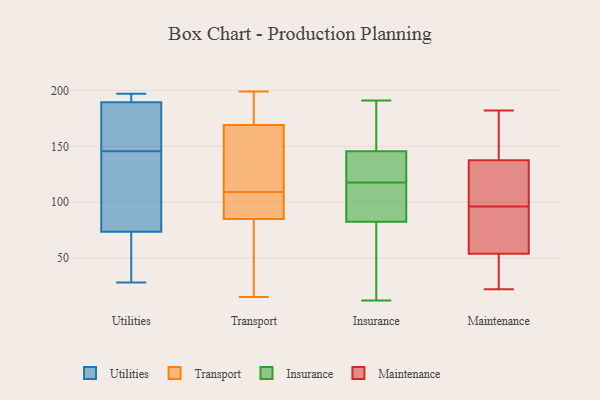
{"axis": {"x": "Waste Production (Tons)", "y": "Value"}, "legend": ["Insurance", "Maintenance", "Transport", "Utilities"], "data": [{"x": "", "y": 28, "type": "Utilities"}, {"x": "", "y": 131, "type": "Utilities"}, {"x": "", "y": 86, "type": "Utilities"}, {"x": "", "y": 197, "type": "Utilities"}, {"x": "", "y": 194, "type": "Utilities"}, {"x": "", "y": 61, "type": "Utilities"}, {"x": "", "y": 196, "type": "Utilities"}, {"x": "", "y": 147, "type": "Utilities"}, {"x": "", "y": 152, "type": "Utilities"}, {"x": "", "y": 187, "type": "Utilities"}, {"x": "", "y": 192, "type": "Utilities"}, {"x": "", "y": 146, "type": "Utilities"}, {"x": "", "y": 48, "type": "Utilities"}, {"x": "", "y": 59, "type": "Utilities"}, {"x": "", "y": 100, "type": "Utilities"}, {"x": "", "y": 145, "type": "Utilities"}, {"x": "", "y": 92, "type": "Transport"}, {"x": "", "y": 95, "type": "Transport"}, {"x": "", "y": 169, "type": "Transport"}, {"x": "", "y": 170, "type": "Transport"}, {"x": "", "y": 53, "type": "Transport"}, {"x": "", "y": 87, "type": "Transport"}, {"x": "", "y": 173, "type": "Transport"}, {"x": "", "y": 102, "type": "Transport"}, {"x": "", "y": 199, "type": "Transport"}, {"x": "", "y": 69, "type": "Transport"}, {"x": "", "y": 138, "type": "Transport"}, {"x": "", "y": 148, "type": "Transport"}, {"x": "", "y": 15, "type": "Transport"}, {"x": "", "y": 85, "type": "Transport"}, {"x": "", "y": 116, "type": "Transport"}, {"x": "", "y": 132, "type": "Transport"}, {"x": "", "y": 26, "type": "Transport"}, {"x": "", "y": 176, "type": "Transport"}, {"x": "", "y": 32, "type": "Insurance"}, {"x": "", "y": 25, "type": "Insurance"}, {"x": "", "y": 87, "type": "Insurance"}, {"x": "", "y": 191, "type": "Insurance"}, {"x": "", "y": 147, "type": "Insurance"}, {"x": "", "y": 86, "type": "Insurance"}, {"x": "", "y": 88, "type": "Insurance"}, {"x": "", "y": 134, "type": "Insurance"}, {"x": "", "y": 121, "type": "Insurance"}, {"x": "", "y": 114, "type": "Insurance"}, {"x": "", "y": 12, "type": "Insurance"}, {"x": "", "y": 79, "type": "Insurance"}, {"x": "", "y": 147, "type": "Insurance"}, {"x": "", "y": 42, "type": "Insurance"}, {"x": "", "y": 156, "type": "Insurance"}, {"x": "", "y": 107, "type": "Insurance"}, {"x": "", "y": 149, "type": "Insurance"}, {"x": "", "y": 121, "type": "Insurance"}, {"x": "", "y": 127, "type": "Insurance"}, {"x": "", "y": 144, "type": "Insurance"}, {"x": "", "y": 164, "type": "Maintenance"}, {"x": "", "y": 38, "type": "Maintenance"}, {"x": "", "y": 109, "type": "Maintenance"}, {"x": "", "y": 36, "type": "Maintenance"}, {"x": "", "y": 108, "type": "Maintenance"}, {"x": "", "y": 96, "type": "Maintenance"}, {"x": "", "y": 22, "type": "Maintenance"}, {"x": "", "y": 64, "type": "Maintenance"}, {"x": "", "y": 120, "type": "Maintenance"}, {"x": "", "y": 59, "type": "Maintenance"}, {"x": "", "y": 130, "type": "Maintenance"}, {"x": "", "y": 175, "type": "Maintenance"}, {"x": "", "y": 182, "type": "Maintenance"}, {"x": "", "y": 160, "type": "Maintenance"}, {"x": "", "y": 92, "type": "Maintenance"}, {"x": "", "y": 90, "type": "Maintenance"}, {"x": "", "y": 29, "type": "Maintenance"}]}